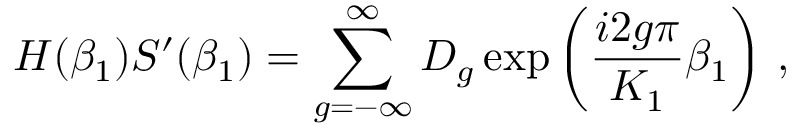
H ( \beta _ { 1 } ) S ^ { \prime } ( \beta _ { 1 } ) = \sum _ { g = - \infty } ^ { \infty } D _ { g } \exp \left( \frac { i 2 g \pi } { K _ { 1 } } \beta _ { 1 } \right) \, ,